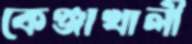
কেঞ্জাখালী